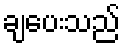
ချပေးသည်